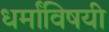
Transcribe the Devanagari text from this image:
धर्मांविषयी